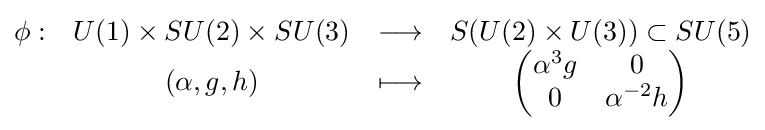
{\begin{matrix}\phi :&U(1)\times SU(2)\times SU(3)&\longrightarrow &S(U(2)\times U(3))\subset SU(5)\\&(\alpha ,g,h)&\longmapsto &{\begin{pmatrix}\alpha ^{3}g&0\\0&\alpha ^{-2}h\end{pmatrix}}\\\end{matrix}}